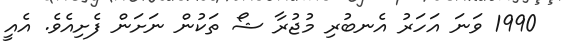
1990 ވަނަ އަހަރު އެނބުރި މުޖުރާ ޝޯ ތަކުން ނަށަން ފެށިއެވެ. އެއީ